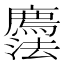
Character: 𢌇